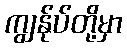
ကျွန်ုပ်တို့မှာ